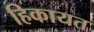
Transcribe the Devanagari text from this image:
हिकायत